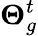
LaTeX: \boldsymbol{\Theta}_{g}^{t}